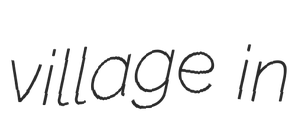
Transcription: village in